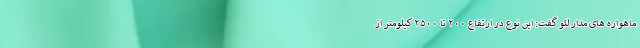
ماهواره های مدار لئو گفت: این نوع در ارتفاع ۲۰۰ تا ۲۵۰۰ کیلومتر از